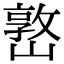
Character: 𡼖